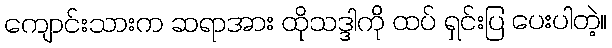
ကျောင်းသားက ဆရာအား ထိုသဒ္ဒါကို ထပ် ရှင်းပြ ပေးပါတဲ့။